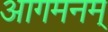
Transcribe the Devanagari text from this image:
आगमनम्